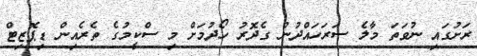
ރަށުގައި ނުވަތަ މާލެ ސަރަހައްދުން ގެދޮރު ހޯދުމަށް މި ސްކީމުގެ ތެރެއިން ޑިޕޮޒިޓް